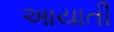
આયાતી